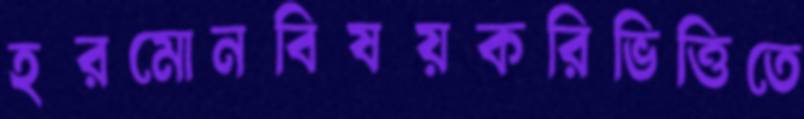
হরমোনবিষয়করিভিত্তিতে